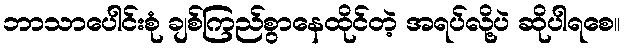
ဘာသာပေါင်းစုံ ချစ်ကြည်စွာနေထိုင်တဲ့ အရပ်လို့ပဲ ဆိုပါရစေ။